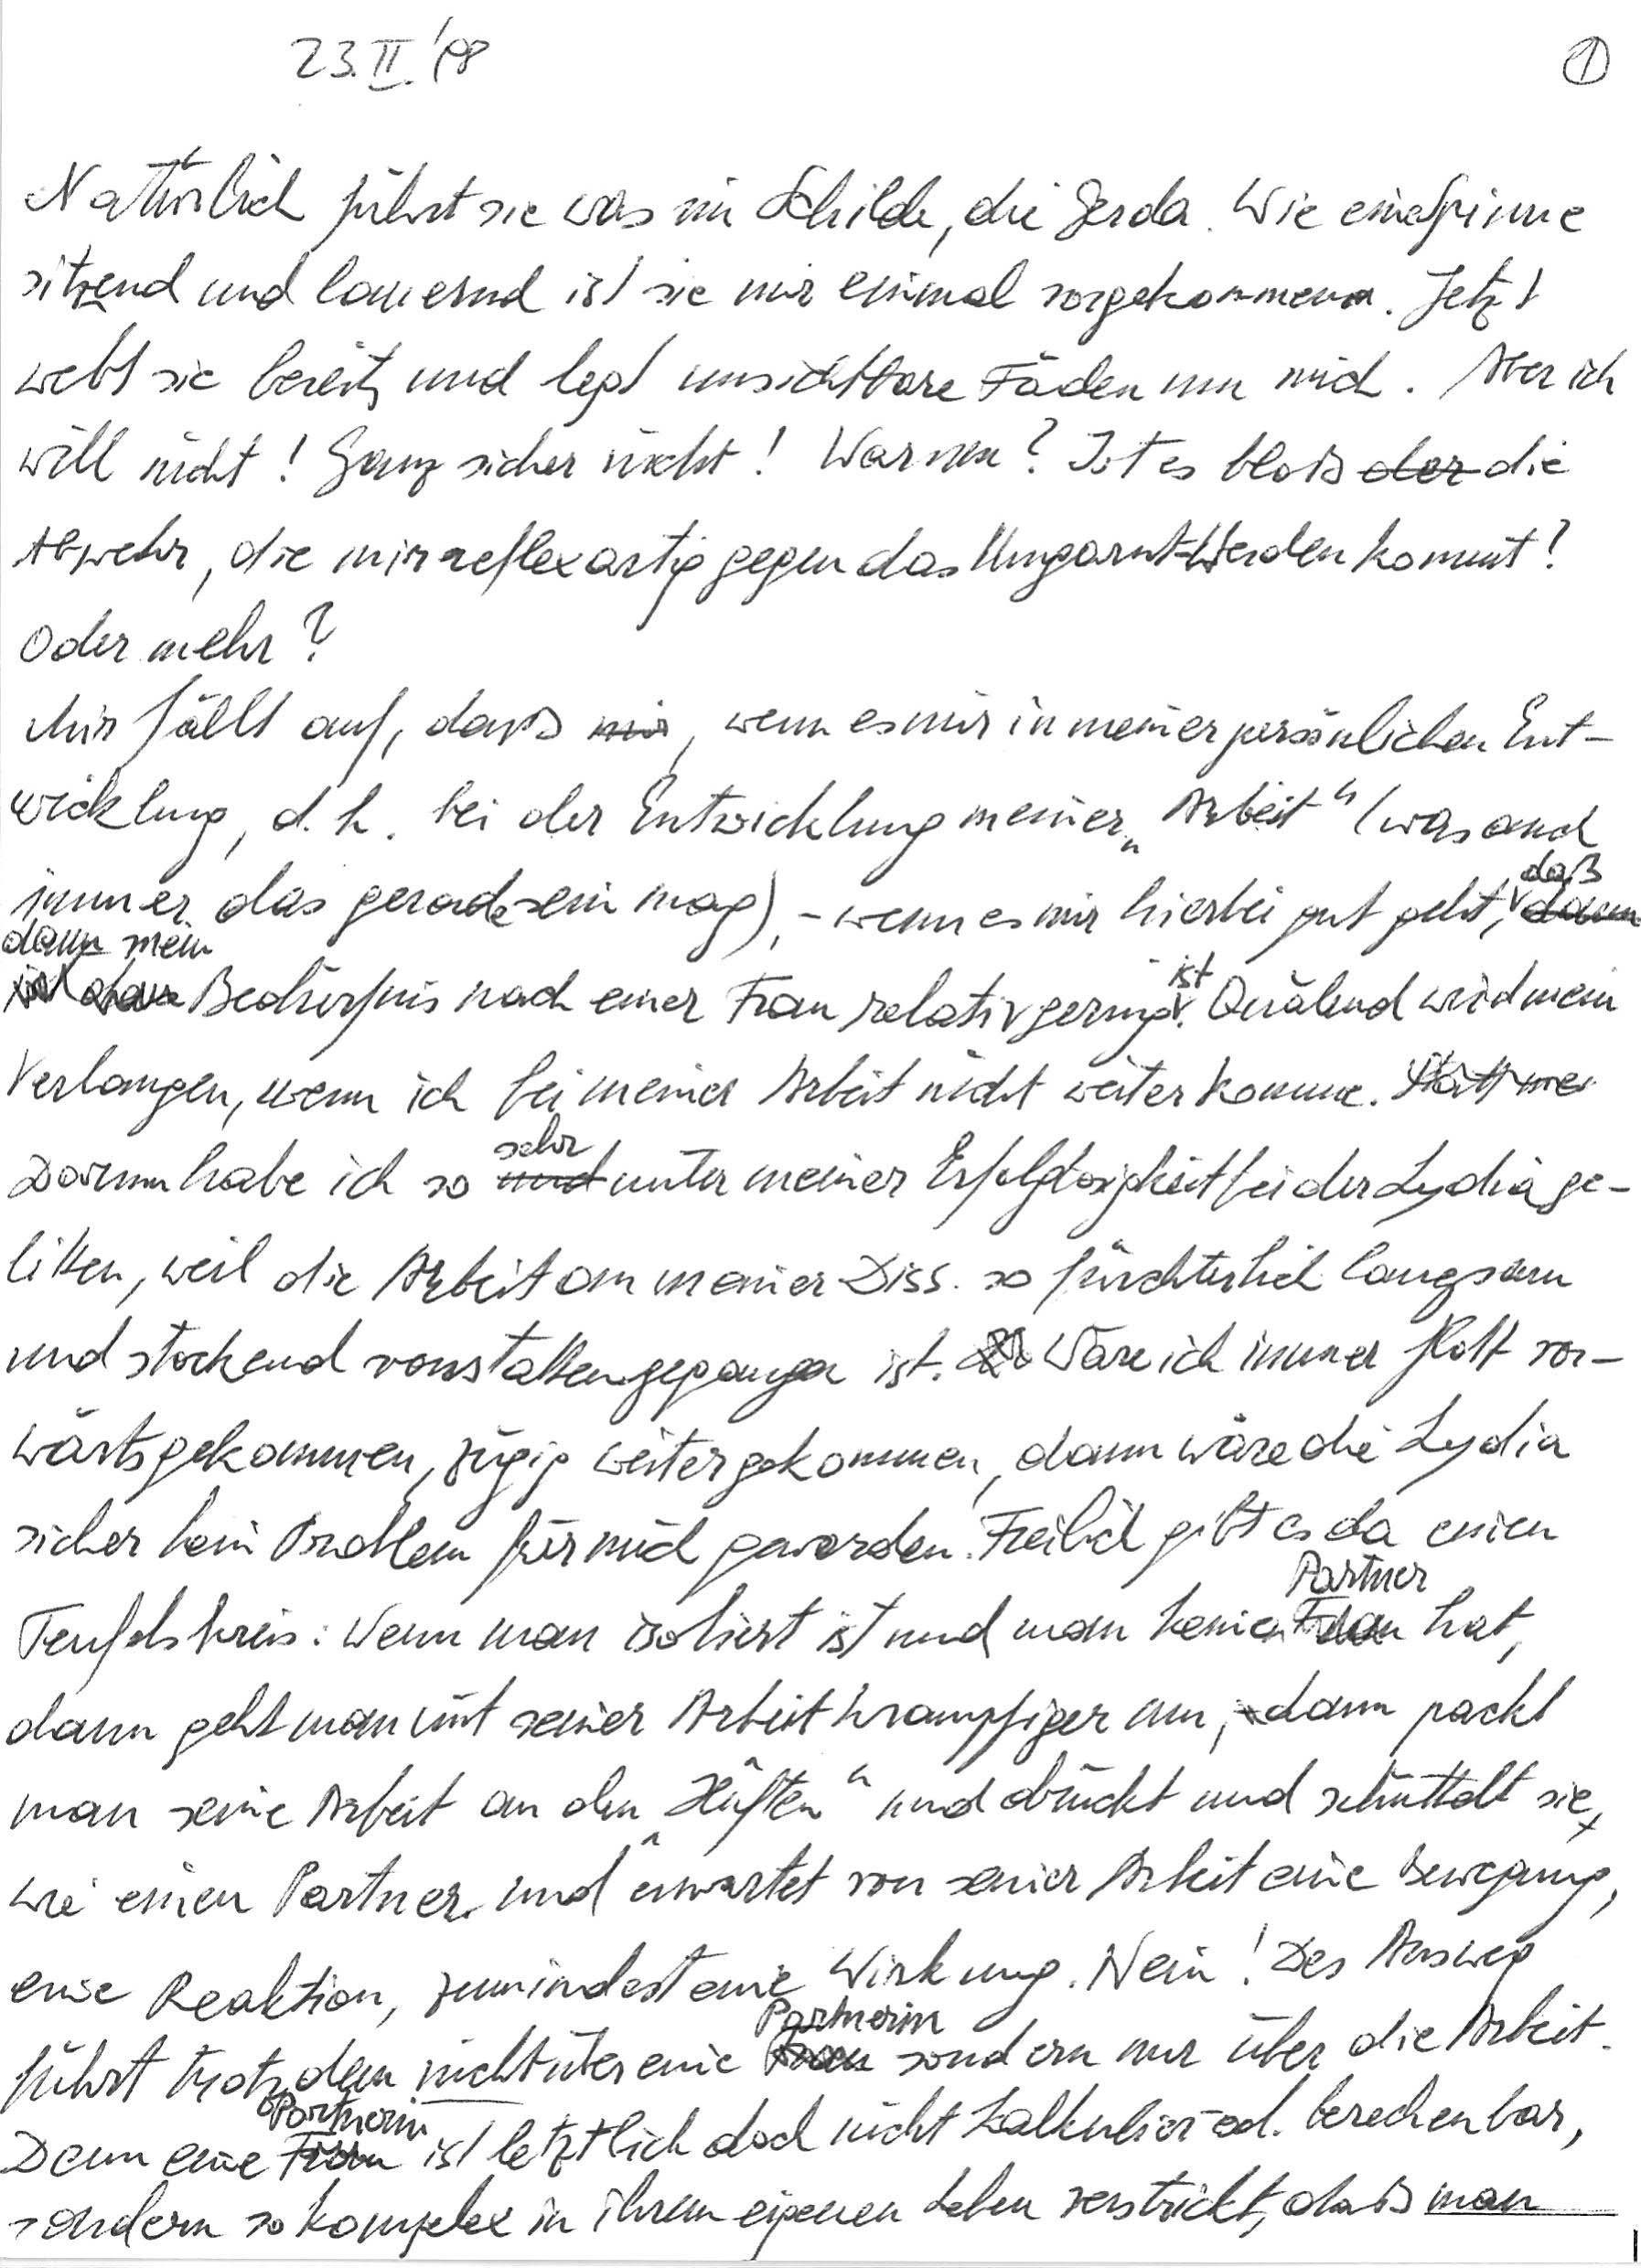
23. II. ‘98
Natürlich führt sie was im Schilde, die Gerda. Wie eine Spinne
sitzend und lauernd ist sie mir einmal vorgekommen. Jetzt
webt sie bereits und legt unsichtbare Fäden um mich. Aber ich
will nicht! Ganz sicher nicht! Warum? Ist es bloß die
Abwehr, die mir reflexartig gegen das Umgarnt-Werden kommt?
Oder mehr?
Mir fällt auf, daß, wenn es mir in meiner persönlichen Ent-
wicklung, d. h. bei der Entwicklung meiner „Arbeit“ (was auch
immer das gerade sein mag), – wenn es mir hierbei gut geht, daß
dann mein Bedürfnis nach einer Frau relativ gering ist. Quälend wird mein
Verlangen, wenn ich bei meiner Arbeit nicht weiterkomme.
Darum habe ich so sehr unter meiner Erfolglosigkeit bei der Lydia ge-
litten, weil die Arbeit an meiner Diss. so fürchterlich langsam
und stockend vonstattengegangen ist. Wäre ich immer flott vor-
wärtsgekommen, zügig weitergekommen, dann wäre die Lydia
sicher kein Problem für mich geworden. Freilich gibt es da einen
Teufelskreis: Wenn man isoliert ist und man keinen Partner hat,
dann geht man mit seiner Arbeit krampfiger um, dann packt
man seine Arbeit an den „Hüften“ und drückt und schüttelt sie
wie einen Partner und erwartet von seiner Arbeit eine Bewegung,
eine Reaktion, zumindest eine Wirkung. Nein! Der Ausweg
führt trotzdem nicht über eine Partnerin sondern nur über die Arbeit.
Denn eine Partnerin ist letztlich doch nicht kalkulier- od. berechenbar,
sondern so komplex in ihrem eigenen Leben verstrickt, daß man